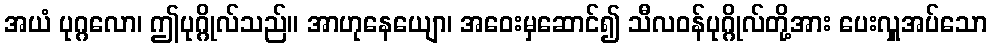
အယံ ပုဂ္ဂလော၊ ဤပုဂ္ဂိုလ်သည်။ အာဟုနေယျော၊ အဝေးမှဆောင်၍ သီလဝန်ပုဂ္ဂိုလ်တို့အား ပေးလှူအပ်သော